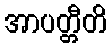
အာပတ္တီတိ